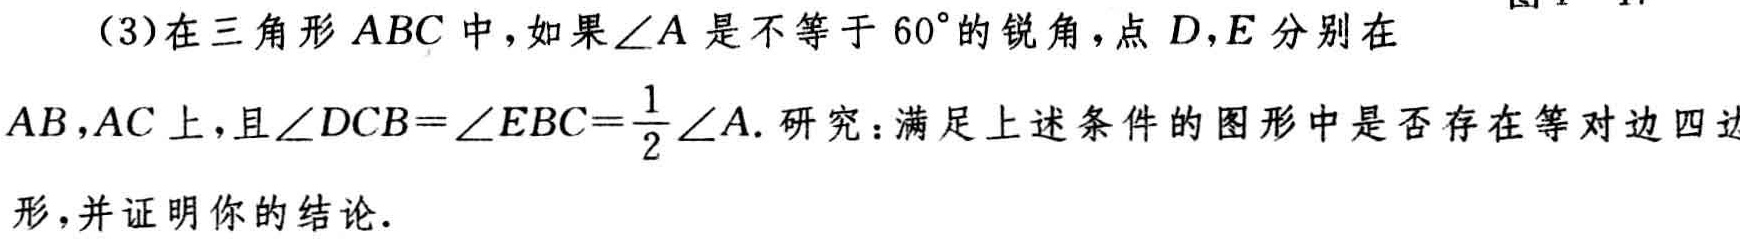
(3)在三角形 \(ABC\) 中，如果\(\angle A\)是不等于 \(60^{\circ}\)的锐角，点 \(D,E\) 分别在 \(AB,AC\) 上，且\(\angle DCB = \angle EBC=\frac{1}{2}\angle A\). 研究：满足上述条件的图形中是否存在等对边四边形，并证明你的结论.